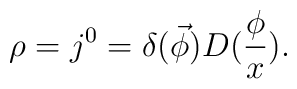
\rho =j^0=\delta (\vec \phi )D(\frac \phi x).